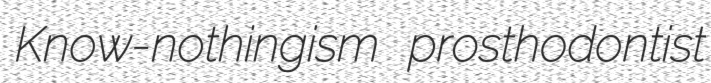
Know-nothingism prosthodontist